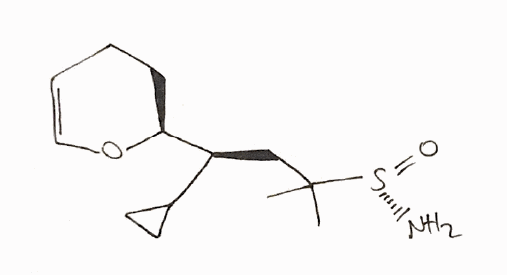
Simplified molecular-input line-entry system (SMILES) notation of the given molecule:
CC(C)(C[C@H]([C@@H]1CCC=CO1)C2CC2)[S@](=O)N